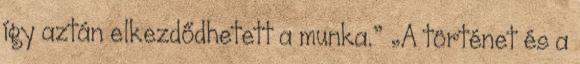
így aztán elkezdődhetett a munka.” „A történet és a